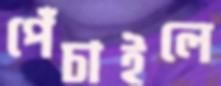
পেঁচাইলে